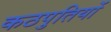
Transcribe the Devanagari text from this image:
कठपुतियों